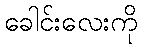
ခေါင်းလေးကို